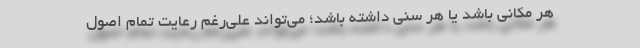
هر مکانی باشد یا هر سنی داشته باشد؛ می‌تواند علی‌رغم رعایت تمام اصول